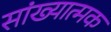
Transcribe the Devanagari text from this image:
सांख्यात्मक